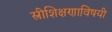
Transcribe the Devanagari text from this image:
स्त्रीशिक्षणाविषयी